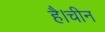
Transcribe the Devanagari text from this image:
है।चीन